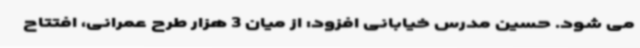
می شود. حسین مدرس خیابانی افزود: از میان 3 هزار طرح عمرانی، افتتاح